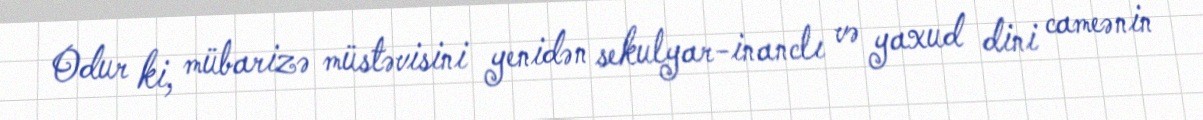
Odur ki, mübarizə müstəvisini yenidən sekulyar-inanclı və yaxud dini cameənin